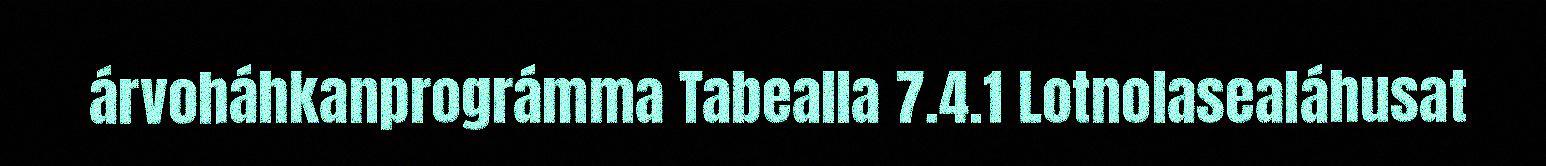
árvoháhkanprográmma Tabealla 7.4.1 Lotnolasealáhusat